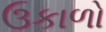
ઉકાળો